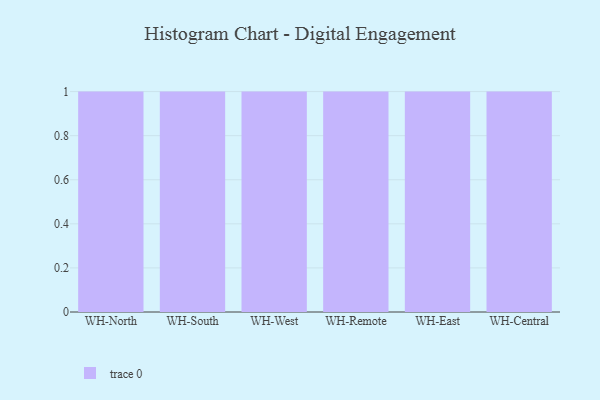
{"axis": {"x": "Warehouse", "y": "Market Share (%)"}, "legend": [""], "data": [{"x": "WH-North", "y": 6, "type": ""}, {"x": "WH-South", "y": 25, "type": ""}, {"x": "WH-West", "y": 46, "type": ""}, {"x": "WH-Remote", "y": 62, "type": ""}, {"x": "WH-East", "y": 74, "type": ""}, {"x": "WH-Central", "y": 8, "type": ""}]}